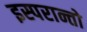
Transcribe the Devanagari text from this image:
इस्परान्तो